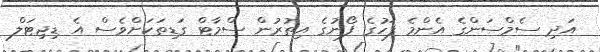
އަދި ސެމްސަންގެ އެންމެ ފަހުގެ ފޯނުގެ އިތުރުން ސްމާޓް ގަޑިތަކަށްވެސް އެ ޑިޖިޓަލް